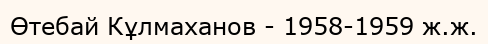
Өтебай Кұлмаханов - 1958-1959 ж.ж.